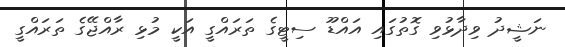
ނަޝީދު ވިދާޅުވި ގޮތުގައި އައްޑޫ ސިޓީގެ ތަރައްގީ އަކީ މުޅި ރާއްޖޭގެ ތަރައްގީ